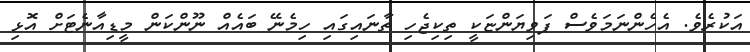
އަކުރެވެ. އެހެންނަމަވެސް ޕަވިޔަންޏަކީ ތިކިޖެހި ތާނައިގައި ހިމެނޭ ބައެއް ނޫންކަން މީޑިއާނެޓަށް އޮޅި